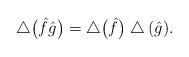
LaTeX: \begin{gather*}\bigtriangleup\big(\hat{f}\hat{g}\big)=\bigtriangleup\big(\hat{f}\big)\bigtriangleup(\hat{g}).\end{gather*}